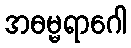
အဓမ္မရာဂေါ